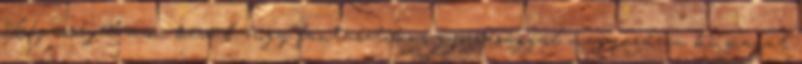
Képességei: azon kívül, hogy fantasztikus gyorsasággal magyarázza ki magát